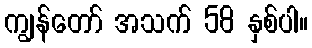
ကျွန်တော် အသက် 58 နှစ်ပါ။